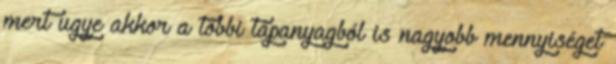
mert ugye akkor a többi tápanyagból is nagyobb mennyiséget